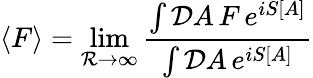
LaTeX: \langle F\rangle=\operatorname*{lim}_{{\cal R}\to\infty}{\frac{\int{\cal D}A\, F\, e^{iS[A]}}{\int{\cal D}A\, e^{iS[A]}}}